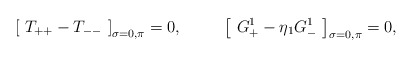
\begin{align*} \left[ \,\, T_{++}-T_{--} \,\, \right]_{\sigma=0,\pi} =0,\,\,\,\,\,\,\,\,\,\,\,\,\,\,\, \left[ \,\, G^1_{+}-\eta_1 G^1_{-} \,\, \right]_{\sigma=0,\pi} =0 ,\end{align*}